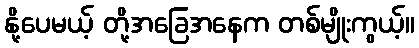
နို့ပေမယ့် တို့အခြေအနေက တစ်မျိုးကွယ့်။